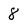
Character: 8